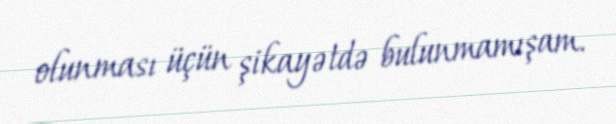
olunması üçün şikayətdə bulunmamışam.